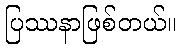
ပြဿနာဖြစ်တယ်။